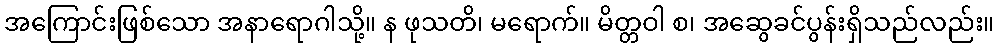
အကြောင်းဖြစ်သော အနာရောဂါသို့။ န ဖုသတိ၊ မရောက်။ မိတ္တဝါ စ၊ အဆွေခင်ပွန်းရှိသည်လည်း။